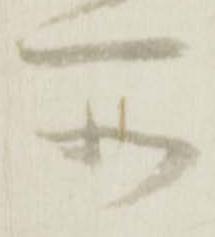
所